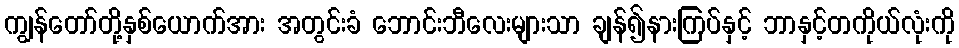
ကျွန်တော်တို့နှစ်ယောက်အား အတွင်းခံ ဘောင်းဘီလေးများသာ ချန်၍နားကြပ်နှင့် ဘာနှင့်တကိုယ်လုံးကို